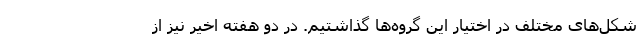
شکل‌های مختلف در اختیار این گروه‌ها گذاشتیم. در دو هفته اخیر نیز از